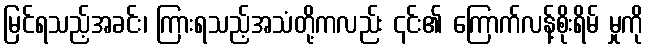
မြင်ရသည့်အခင်း၊ ကြားရသည့်အသံတို့ကလည်း ၎င်း၏ ကြောက်လန့်စိုးရိမ် မှုကို